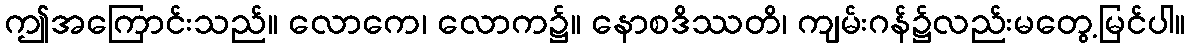
ဤအကြောင်းသည်။ လောကေ၊ လောက၌။ နောစဒိဿတိ၊ ကျမ်းဂန်၌လည်းမတွေ့မြင်ပါ။